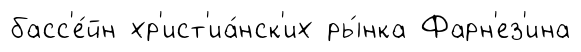
басс'е́йн хр'ист'иа́нск'их ры́нка Фарн'ез'ина